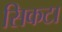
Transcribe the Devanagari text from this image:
सिकटा